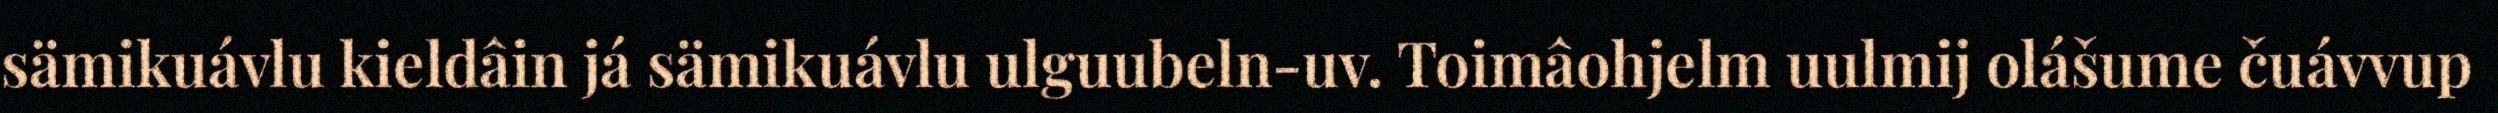
sämikuávlu kieldâin já sämikuávlu ulguubeln-uv. Toimâohjelm uulmij olášume čuávvup